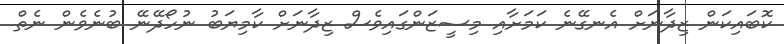
ކޮބައިކަން ޒިދާނަށް އެނގޭނެ ކަމަށާއި މިސީޒަންގައިވެސް ޒިދާނަށް ކާމިޔަބު ނުހޯދޭނޭ ބުނެވެން ނެތް